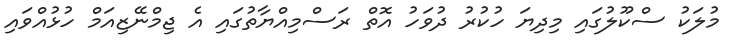
މުލަކު ސްކޫލުގައި މިދިޔަ ހުކުރު ދުވަހު އޮތް ރަސްމިއްޔާތުގައި އެ ޖިމްނޭޒިއަމް ހުޅުއްވައި